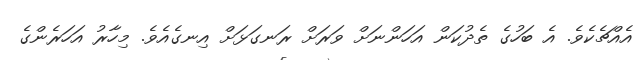
އެއްޗެކެވެ. އެ ބަހުގެ ތެދުކަން އަހަންނަށް ވަރަށް ރަނގަޅަށް އިނގެއެވެ. މިހާރު އަހަރެންގެ